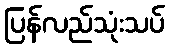
ပြန်လည်သုံးသပ်